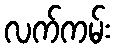
လက်ကမ်း